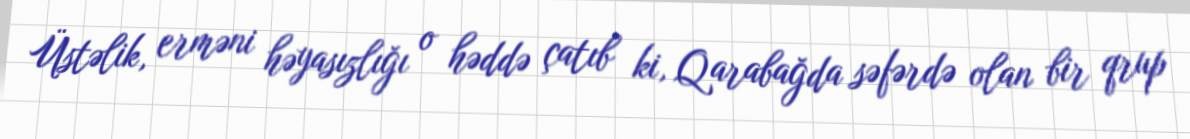
Üstəlik, erməni həyasızlığı o həddə çatıb ki, Qarabağda səfərdə olan bir qrup